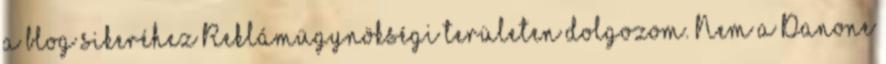
a blog sikeréhez Reklámügynökségi területen dolgozom. Nem a Danone